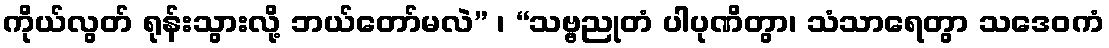
ကိုယ်လွတ် ရုန်းသွားလို့ ဘယ်တော်မလဲ” ၊ “သဗ္ဗညုတံ ပါပုဏိတွာ၊ သံသာရေတွာ သဒေဝကံ